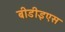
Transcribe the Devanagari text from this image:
बीडीइएस